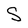
Character: S